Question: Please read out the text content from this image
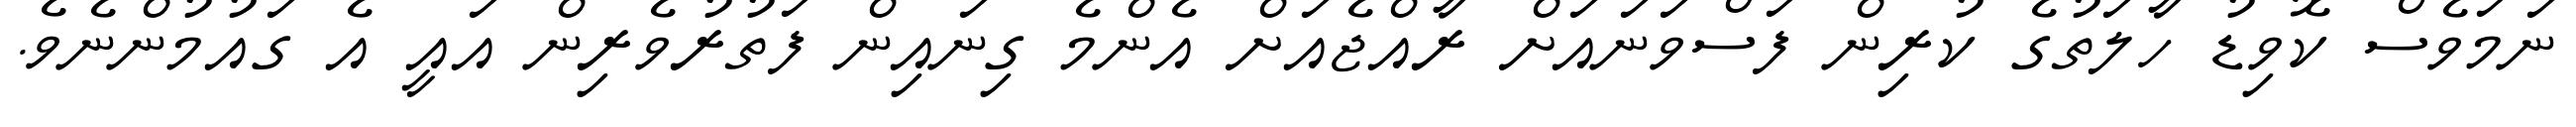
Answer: ނަމަވެސް ކޮވިޑު ހާލަތުގެ ކުރިން ފަސްވަނައަށް ރާއްޖެއަށް އެންމެ ގިނައިން ފަތުރުވެރިން އައީ އެ ގައުމުންނެވެ.